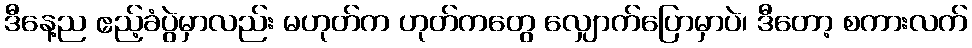
ဒီနေ့ည ဧည့်ခံပွဲမှာလည်း မဟုတ်က ဟုတ်ကတွေ လျှောက်ပြောမှာပဲ၊ ဒီတော့ စကားလက်